Medical and sanitary report of the native army of Bengal for the year
Year: 1876
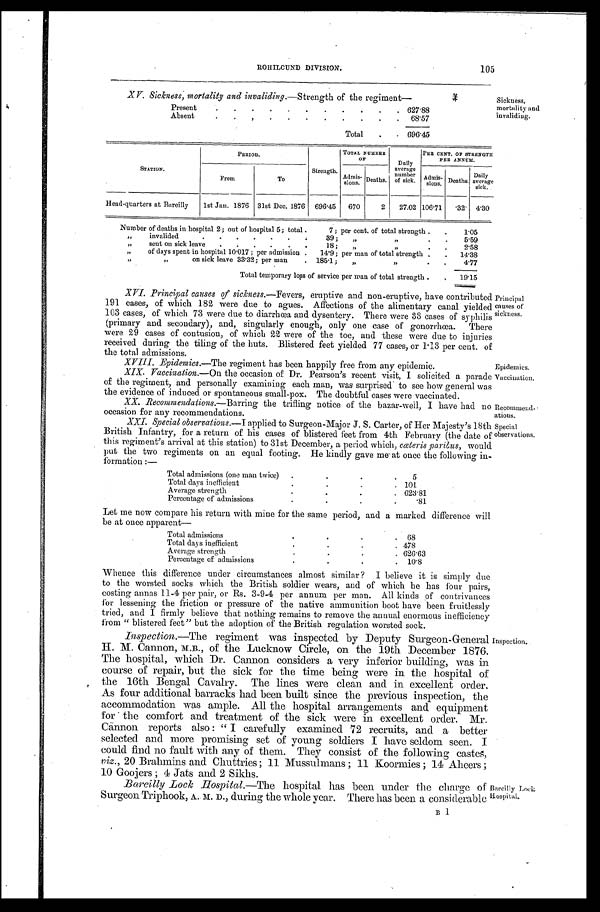
XV. Sickness, mortality and invaliding.—Strength of the regiment—
Presen
6 2 7 . 8 8
Absent
6 8 . 5 7
Total
6 9 6 . 4 5
Sickness, mortality and
invaliding.
105
ROHILCUND DIVISION.
STATION.
PERIOD.
Strength.
TOTAL NUMBER
O F
Dai l y
average
number of sick.
PER CENT. OF STRENGTH
PER ANNUM.
From
To
Admi s- Deaths.
Admi s- . Deaths. Dai l y
average sick.
Head-quarters at Bereilly 1stJan.1876 31stDec. 1876 696. 45 670 2 27.02 106. 71 .32 4.30
Number of deaths in hospital 2; out of hospital 5; total .7; per cent. of total strength
1 . 0 5
„ invalided39;,.. 5 . 5 9
,sent on sick leave 18;.
2 . 5 8
„
.
,,of days spent in hospital 10 . 017; per admission .14.9; per man of total strength. 1 4 . 3 8
„on sick leave 33.32; per man.1851;„
4 . 7 7
Total temporary loss of service per man of total strength 1 9 . 1 5
X V I . P r i n c i p a l c a u s e s o f s i c k n e s s . — F e v e r s
, e r u p t i v e a n d n o n - e r u p t i v e , h a v e c o n t r i b u t e d P r i n c i p a l
191 cases, of which 182 were due to agues. Affections of the alimentary canal yielded causes of
103 cases, of which 73 were due to diarrhœa and dysentery. There were 33 cases of syphilis sickness.
(primary and secondary), and, singularly enough, only one case of gonorrhœa,. There
were 29 cases of contusion, of which 22 were of the toe, and these were due to injuries
received during the tiling of the huts. Blistered feet yielded 77 cases, or 1.13 per cent. of
the total admissions.
XVIII. Epidemics.—The regiment has been happily free from any epidemic.Epidemics.
XIX. Vaccination.—On the occasion of Dr. Pearson's recent visit, I solicited a parade Vaccination.
of the regiment, and personally examining each man, was surprised to see how general was
the evidence of induced or spontaneous small-pox. The doubtful cases were vaccinated.
XX. Recommendations.—Barring the trifling notice of the bazar-well, I have had no Recommend-
occasion for any recommendations.ations.
XXI. Special observations.—I applied to Surgeon-Major J. S. Carter, of Her Majesty's 18th Special
British Infantry, for a return of his cases of blistered feet from 4th February (the date of observations.
this regiment's arrival at this station) to 31st December, a period which, cœteris paritus, would
put the two regiments on an equal footing. He kindly gave meat once the following in
-formation:—
Total admissions (one man twice)
5
Total days inefficient. .
.
101
Average strength .
.
.
623. 81
Percentage of .
..
Let me now compare his return with mine for the same period, and a marked difference will
be at once apparent—
Total admissions. .
.
.
68
Total days inefficient. 478
.
Averagestrength. .
.
626.63
.
.
Percentage of admissions. .
10.8
Whence this difference under circumstances almost similar? I believe it is simply due
to the worsted socks which the British soldier wears, and of which he has four pairs,
costing annas 11-4 per pair, or Rs. 3-9-4 per annum per man. All kinds of contrivances
for lessening the friction or pressure of the native ammunition boot have been fruitlessly
tried, and I firmly believe that nothing remains to remove the annual enormous inefficiency
from " blistered feet" but the adoption of the British regulation worsted sock.
Inspection.—The regiment was inspected by Deputy Surgeon-General Inspection..
H. M. Cannon,of the Lucknow Circle, on the 19th December 1876.
The hospital, which Dr. Cannon considers a very inferior building, was in
course of repair, but the sick for the time being were in the hospital of
the 16th Bengal Cavalry. The lines were clean and in excellent order.
As four additional barracks had been built since the previous inspection, the
accommodation was ample. All the hospital arrangements and equipment
for the comfort and treatment of the sick were in excellent order. Mr.
Cannon reports also: "I carefully examined 72 recruits, and a better
selected and more promising set of young soldiers I have seldom seen. I
could find no fault with any of them. They consist of the following castes,
viz., 20 Brahmins and Chuttries; 11 Mussulmans; 11 Koormies; 14 Aheers;
10 Goojers; 4 Jats and 2 Sikhs.
Bareilly Lock Hospital.—The hospital has been under the charge of Bareilly Lock
Surgeon Triphook,A. M. D., during the whole year. There has been a considerable Hospital.B 1
B 1